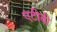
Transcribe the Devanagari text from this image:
एंटीबी